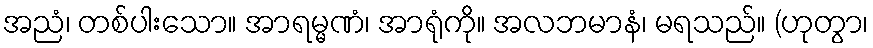
အညံ၊ တစ်ပါးသော။ အာရမ္မဏံ၊ အာရုံကို။ အလဘမာနံ၊ မရသည်။ (ဟုတွာ၊